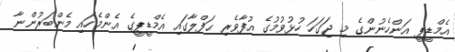
އެމްޑީޕީ އަންހެނުންގެ މި ޖަގަހަ ހުޅުވުމުގެ އުފާވެރި ޙަފްލާގައި އެމްޑީޕީގެ އެންމެހައި މެންބަރުންނާ